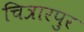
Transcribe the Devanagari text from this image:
चित्रारपुर